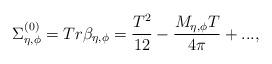
LaTeX: \begin{align*}\Sigma^{(0)}_{\eta, \phi} = Tr \beta_{\eta,\phi} = \frac{T^2}{12} -\frac{M_{\eta,\phi} T}{4 \pi} + ... ,\end{align*}